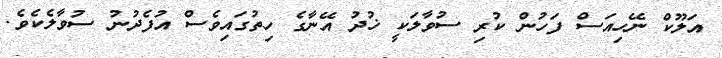
އަލޫކް ނޭހިއަސް ފަހުން ކުރި ސުވާލަކީ ޚުދު އޭނާގެ ހިތުގައިވެސް އުފެދުނު ސުވާލެކެވެ.